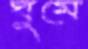
ঘুমে